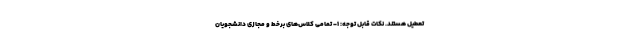
تعطیل هستند. نکات قابل توجه: ۱- تمامی کلاس‌های برخط و مجازی دانشجویان